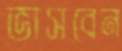
ভাসবেন